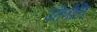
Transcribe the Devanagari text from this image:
परीणीति